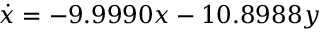
\dot { x } = - 9 . 9 9 9 0 x - 1 0 . 8 9 8 8 y